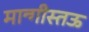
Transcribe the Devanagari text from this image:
मान्गीस्तऊ